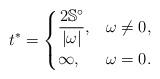
LaTeX: \begin{align*} t^*= \begin{cases} \displaystyle\frac{2\mathbb S^\circ}{|\omega|}, &\omega\neq 0,\\ \infty, &\omega =0. \end{cases}\end{align*}